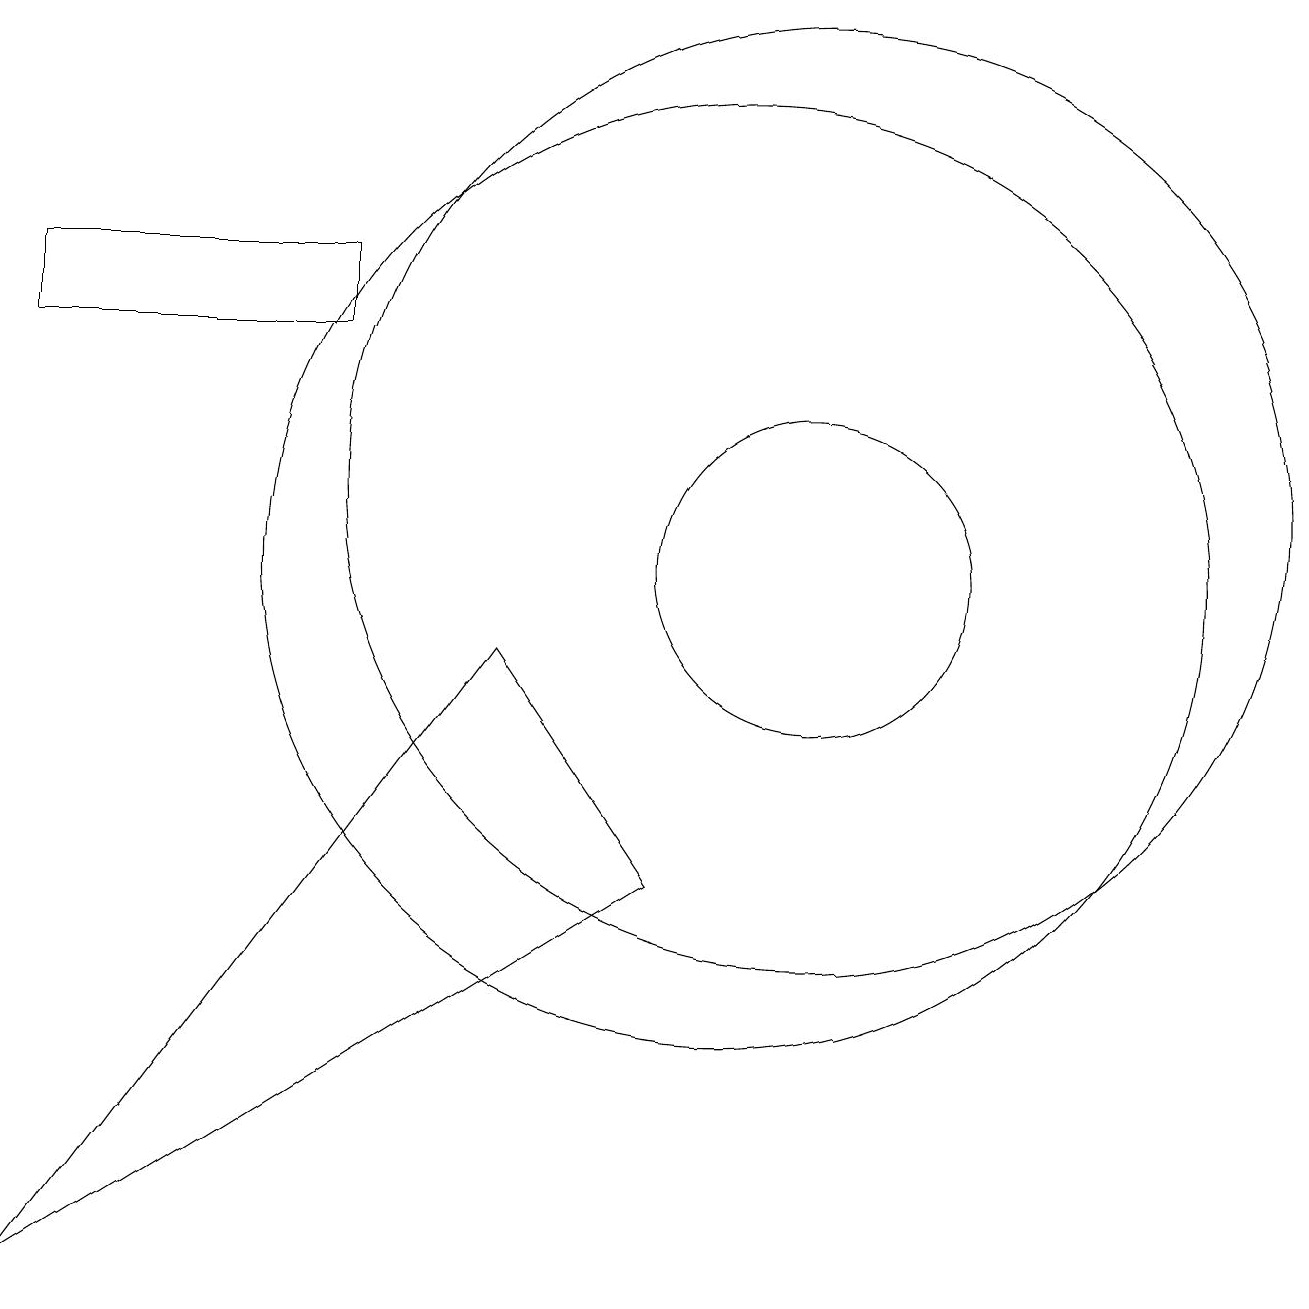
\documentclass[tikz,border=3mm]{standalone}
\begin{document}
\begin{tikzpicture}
\draw (10,10) circle (6);
\draw (1,13) rectangle (5,14);
\draw (7,9) -- (1,1) -- (9,6) -- cycle;
\draw (11,10) circle (2);
\draw (11,11) circle (6);
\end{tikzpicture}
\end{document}